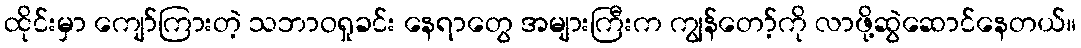
ထိုင်းမှာ ကျော်ကြားတဲ့ သဘာဝရှုခင်း နေရာတွေ အများကြီးက ကျွန်တော့်ကို လာဖို့ဆွဲဆောင်နေတယ်။